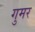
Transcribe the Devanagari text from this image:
गुमर